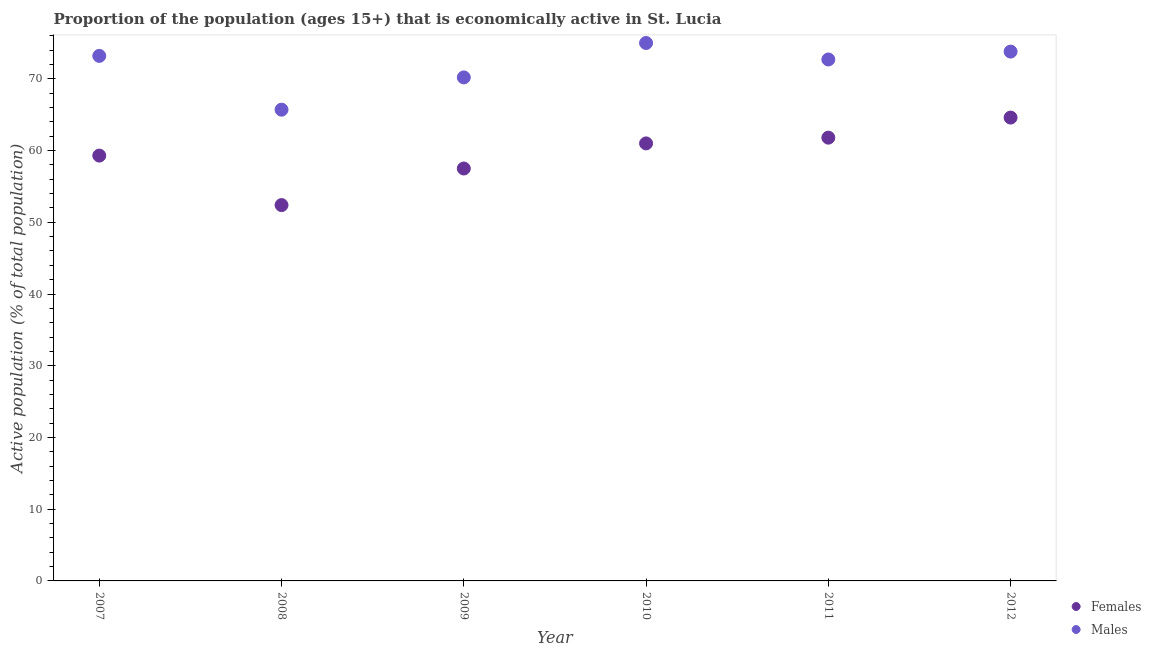
| Year | Females | Males |
 | --- | --- | --- |
 | 2007 | 59.3 | 73.2 |
 | 2008 | 52.4 | 65.7 |
 | 2009 | 57.5 | 70.2 |
 | 2010 | 61 | 75 |
 | 2011 | 61.8 | 72.7 |
 | 2012 | 64.6 | 73.8 |